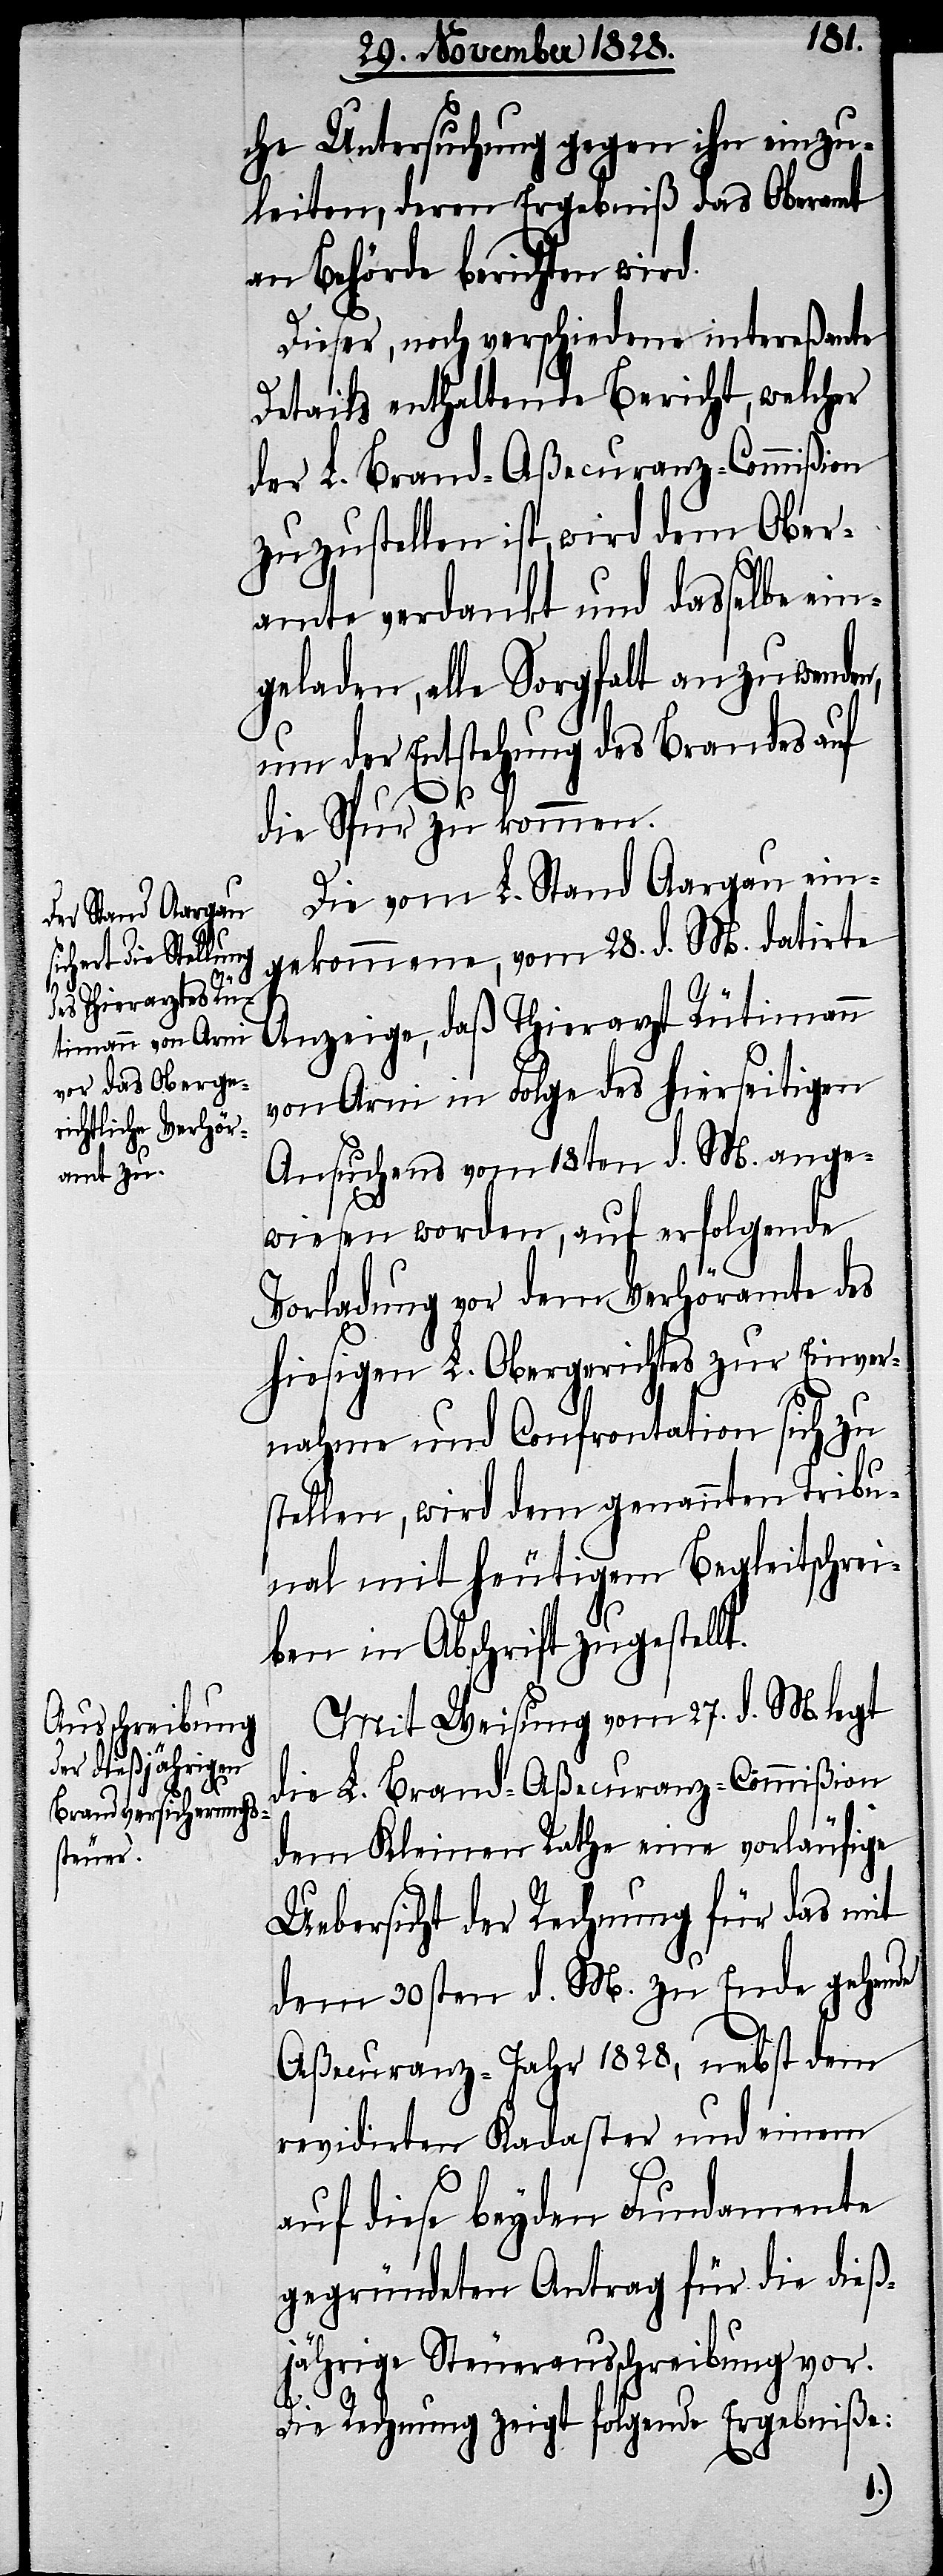
n,

che Untersuchung gegen ihn einzu¬
leiten, deren Ergebniß das Oberamt
an Behörde berichten wird.
Dieser, noch verschiedene intereßante
Details enthaltende Bericht, welcher
der L. Brand-Aßecuranz-Commißion
zuzustellen ist, wird dem Ober¬
amte verdankt und dasselbe ein¬
geladen, alle Sorgfalt anzuwende¬
um der Entstehung des Brandes auf
die Spur zu kommen.
Die vom L. Stand Aargau ein¬
gekommene, vom 28. d. M. datirte
Anzeige, daß Thierarzt Rütimann
von Arni in Folge des hierseitigen
Ansuchens vom 18ten d. M. ange¬
wiesen worden, auf erfolgende
Vorladung vor dem Verhöramte des
hiesigen L. Obergerichtes zur Einver¬
nahme und Confrontation sich zu
stellen, wird dem genannten Tribu¬
nal mit heutigem Begleitschrei¬
ben in Abschrift zugestellt.
Mit Weisung vom 27. d. M. legt
die L. Brand-Aßecuranz-Commißion
dem Kleinen Rathe eine vorläufige
Uebersicht der Rechnung für das mit
dem 30sten d. M. zu Ende gehende
Aßecuranz-Jahr 1828, nebst dem
revidirten Kadaster und einem
auf diese beyden Fundamente
gegründeten Antrag für die dieß¬
jährige Steuerausschreibung vor.
Die Rechnung zeigt folgende Ergebniße: